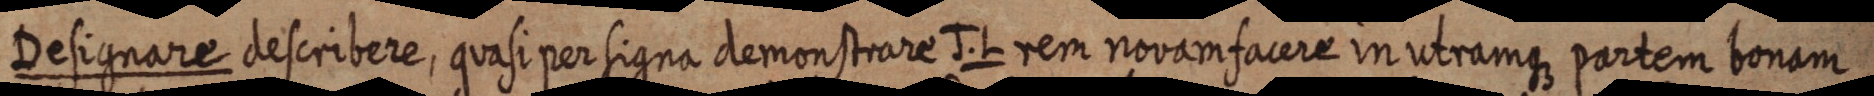
Designare describere, quasi per signa demonstrare J. L rem novam facere in utramque partem bonam